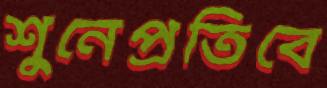
শুনেপ্রতিবে